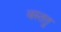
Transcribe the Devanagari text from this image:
वस्ततु